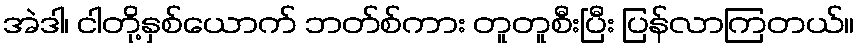
အဲဒါ၊ ငါတို့နှစ်ယောက် ဘတ်စ်ကား တူတူစီးပြီး ပြန်လာကြတယ်။